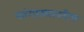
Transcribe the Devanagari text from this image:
सांगाड्यावरील